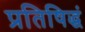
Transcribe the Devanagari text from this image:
प्रतिषिद्धं